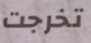
تخرجت